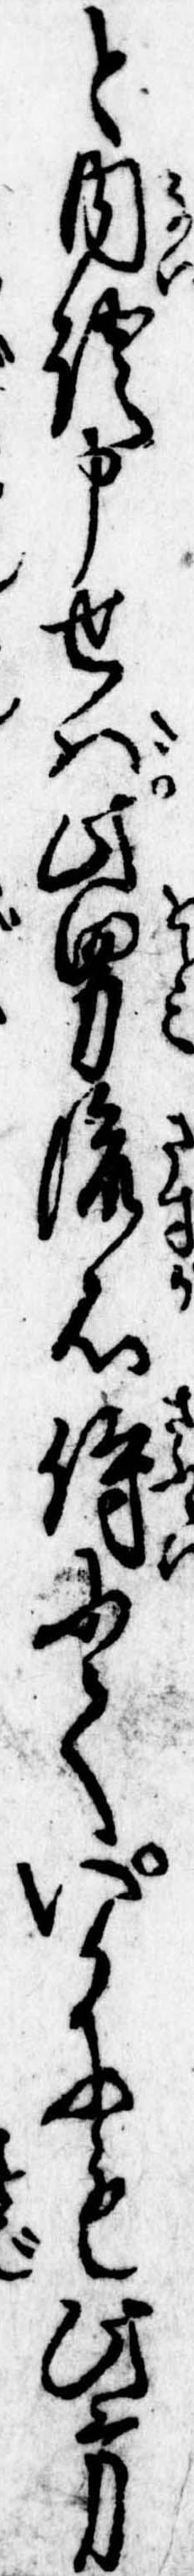
と内証申せば此男流石侍にていかにも此方